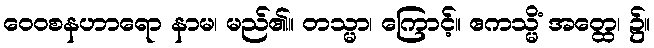
ဝေဝစနဟာရော နာမ၊ မည်၏။ တသ္မာ၊ ကြောင့်။ ဧကသ္မိံ အတ္ထေ၊ ၌။